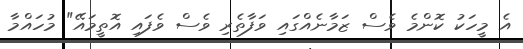
އެ މީހަކު ކޮންމެ ވެސް ޒަމާނެއްގައި ވަފާތެރި ވެސް ވެފައި އޮތީމައޭ" މުހައްމާ